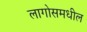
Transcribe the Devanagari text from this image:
लागोसमधील